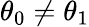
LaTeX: \theta_{0}\neq\theta_{1}